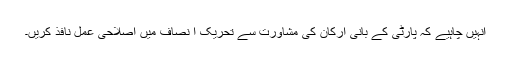
انہیں چاہیے کہ پارٹی کے بانی ارکان کی مشاورت سے تحریک ا نصاف میں اصلاحی عمل نافذ کریں۔